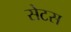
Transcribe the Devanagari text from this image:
सेटस